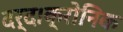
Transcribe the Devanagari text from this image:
दर्द।क्रोनिक